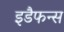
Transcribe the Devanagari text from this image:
इडैफन्स